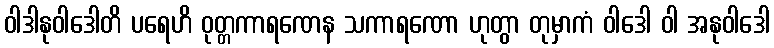
ဝါဒါနုဝါဒေါတိ ပရေဟိ ဝုတ္တကာရဏေန သကာရဏော ဟုတွာ တုမှာကံ ဝါဒေါ ဝါ အနုဝါဒေါ